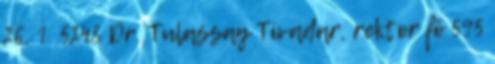
26. 1 5248 Dr. Tulassay Tivadar, rektor fõ 595